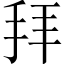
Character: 拜